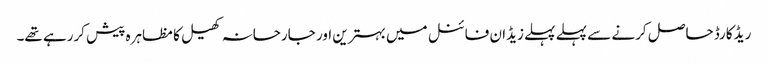
ریڈ کارڈ حاصل کرنے سے پہلے پہلے زیڈان فائنل میں بہترین اور جارحانہ کھیل کا مظاہرہ پیش کررہے تھے۔